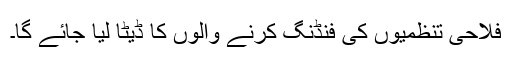
فلاحی تنظمیوں کی فنڈنگ کرنے والوں کا ڈیٹا لیا جائے گا۔